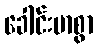
ခေါင်းမာစွာ